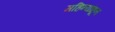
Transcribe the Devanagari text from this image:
महिन्यांहून